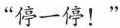
“停一停！”